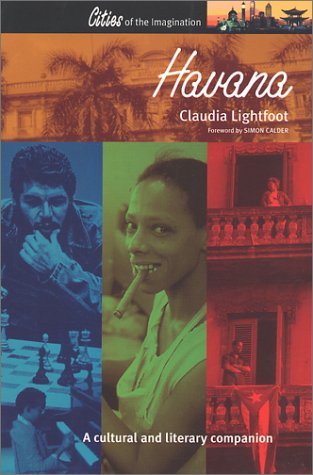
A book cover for Havana: A Cultural and Literary Companion (Cities of Imagination); Claudia Lightfoot; Travel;